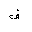
Letter: _fa